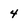
Character: 4